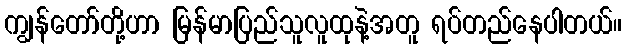
ကျွန်တော်တို့ဟာ မြန်မာပြည်သူလူထုနဲ့အတူ ရပ်တည်နေပါတယ်။